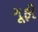
ગૂફી